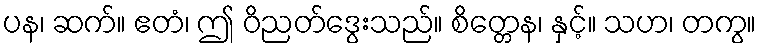
ပန၊ ဆက်။ ဧတံ၊ ဤ ဝိညတ်ဒွေးသည်။ စိတ္တေန၊ နှင့်။ သဟ၊ တကွ။